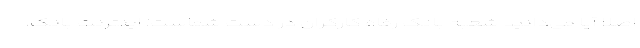
اصلا آیا می‌دانید شعبه بانک رفاه کارگران در دست شماست! اینترنت بانک،